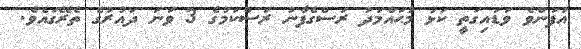
އުފަންވެ ވަޑައިގަތީ ކަޅު މުޙައްމަދު ރަސްގެފާނު ރަސްކަމުގެ 3 ވަނަ ދައުރުގެ ތެރޭގައެވެ.